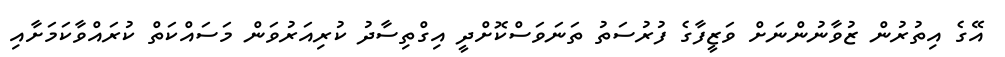
އޭގެ އިތުރުން ޒުވާނުންނަށް ވަޒީފާގެ ފުރުސަތު ތަނަވަސްކޮށްދީ އިގްތިސާދު ކުރިއަރުވަން މަސައްކަތް ކުރައްވާކަމަށާއި